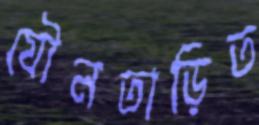
যৌনতাড়িত